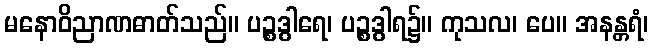
မနောဝိညာဏဓာတ်သည်။ ပဉ္စဒွါရေ၊ ပဉ္စဒွါရ၌။ ကုသလ၊ ပေ။ အနန္တရံ၊